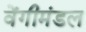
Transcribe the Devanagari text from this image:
वेंगीमंडल